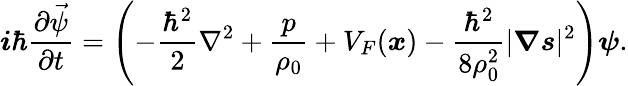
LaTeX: \boldsymbol{i}\hbar\frac{\partial\vec{\psi}}{\partial t}=\left(-\frac{{\hbar}^{2}}{2}\nabla^{2}+\frac{p}{\rho_{0}}+V_{F}(\boldsymbol{x})-\frac{{\hbar}^{2}}{8\rho_{0}^{2}}|\boldsymbol{\nabla}\boldsymbol{s}|^{2}\right)\boldsymbol{\psi}.